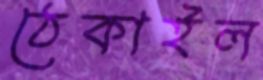
ঠেকাইল